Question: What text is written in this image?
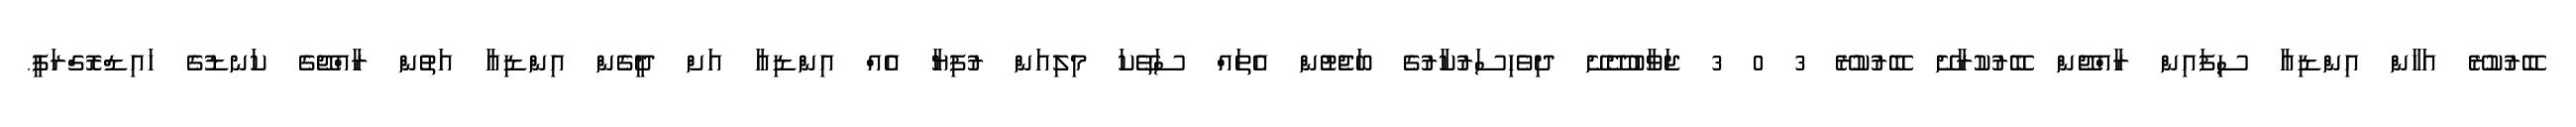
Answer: ބޭރުކުރޭ އަހާން އިންޑިއާ ސިފައިން ރާއްޖޭން ބޭރުކުރާށޭ ބޭރުކުރޭ 3 0 3 ޖަވާބުދޭށޭ ދިވެހިސަރުކާރުގެ ބަޖެޓުން އެތައް ސަތޭކަ މިލިއަން ރުފިޔާ އެއް އިންޑިއާ އަށް ދީގެން އިންޑިއާ އަތުން ރާއްޖޭގެ ކަނޑުގެ ހައިޑްރޮގްރަފީ.